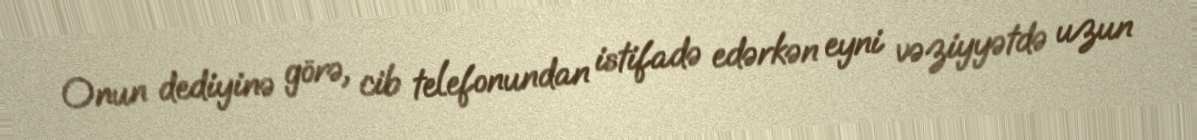
Onun dediyinə görə, cib telefonundan istifadə edərkən eyni vəziyyətdə uzun